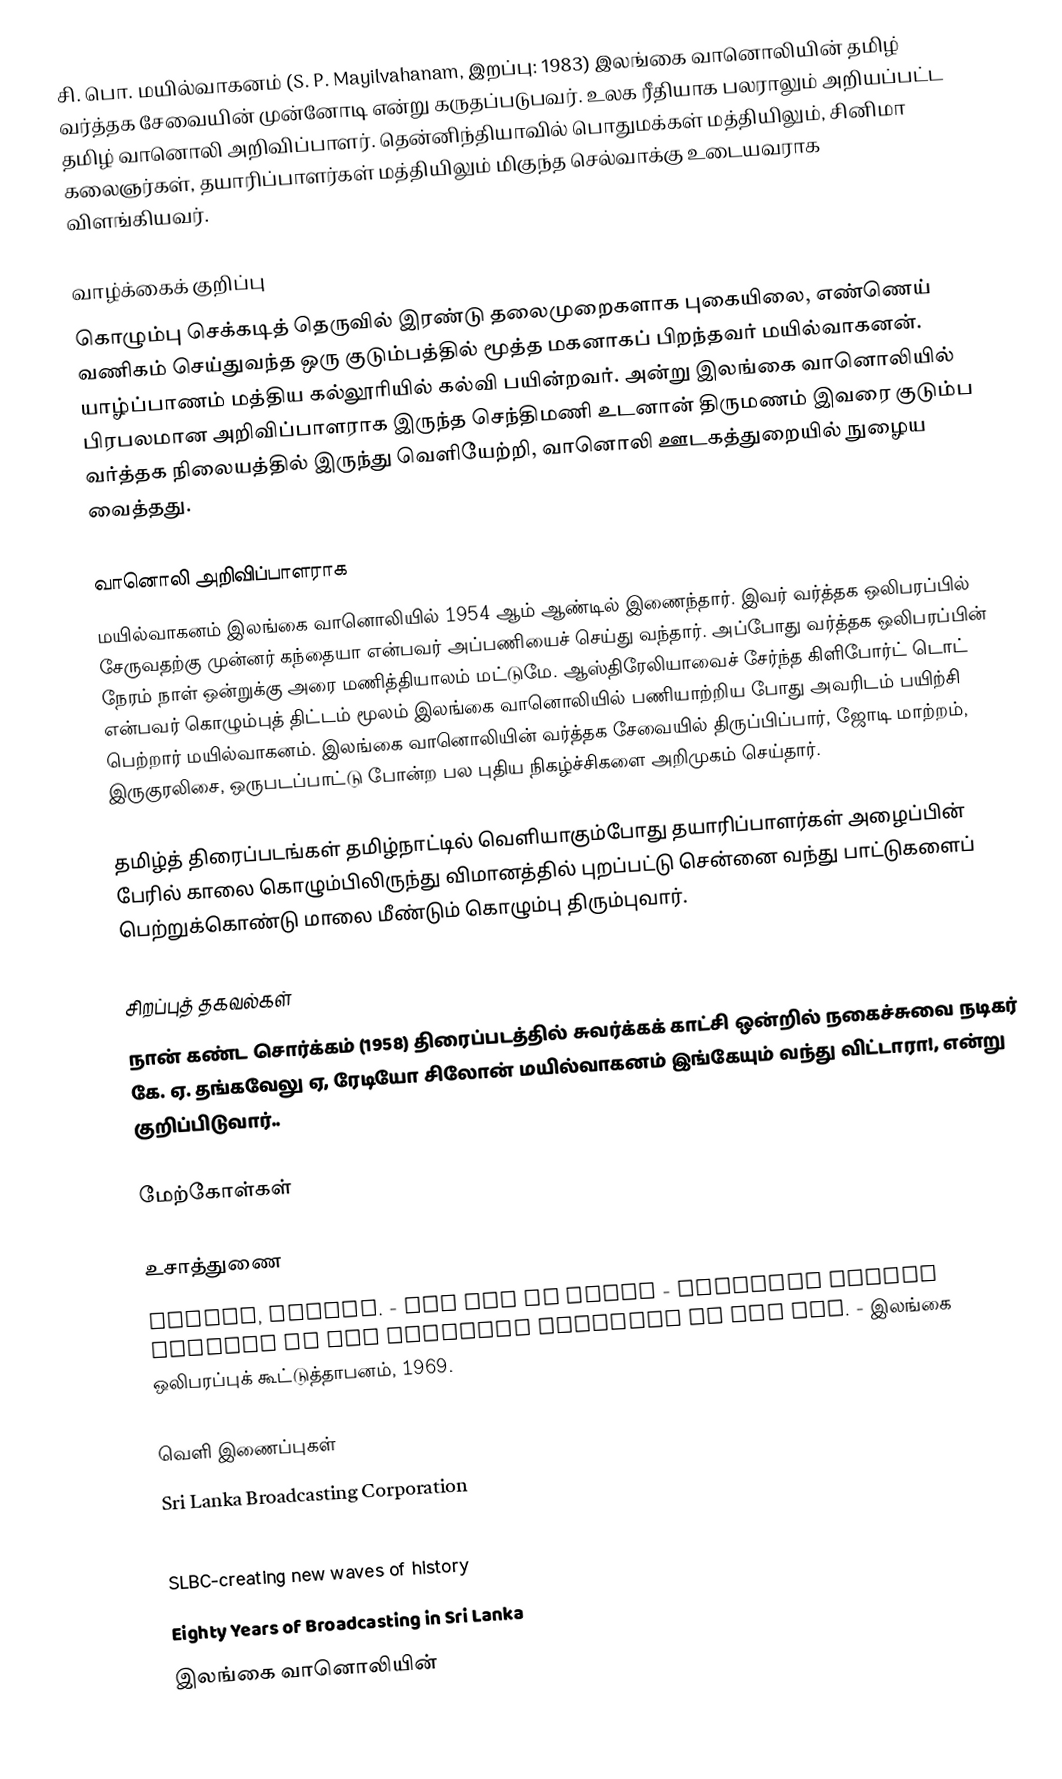
சி. பொ. மயில்வாகனம் (S. P. Mayilvahanam, இறப்பு: 1983) இலங்கை வானொலியின் தமிழ் வர்த்தக சேவையின் முன்னோடி என்று கருதப்படுபவர். உலக ரீதியாக பலராலும் அறியப்பட்ட தமிழ் வானொலி அறிவிப்பாளர். தென்னிந்தியாவில் பொதுமக்கள் மத்தியிலும், சினிமா கலைஞர்கள், தயாரிப்பாளர்கள் மத்தியிலும் மிகுந்த செல்வாக்கு உடையவராக விளங்கியவர்.

வாழ்க்கைக் குறிப்பு
கொழும்பு செக்கடித் தெருவில் இரண்டு தலைமுறைகளாக புகையிலை, எண்ணெய் வணிகம் செய்துவந்த ஒரு குடும்பத்தில் மூத்த மகனாகப் பிறந்தவர் மயில்வாகனன். யாழ்ப்பாணம் மத்திய கல்லூரியில் கல்வி பயின்றவர். அன்று இலங்கை வானொலியில் பிரபலமான அறிவிப்பாளராக இருந்த செந்திமணி உடனான் திருமணம் இவரை குடும்ப வர்த்தக நிலையத்தில் இருந்து வெளியேற்றி, வானொலி ஊடகத்துறையில் நுழைய வைத்தது.

வானொலி அறிவிப்பாளராக
மயில்வாகனம் இலங்கை வானொலியில் 1954 ஆம் ஆண்டில் இணைந்தார். இவர் வர்த்தக ஒலிபரப்பில் சேருவதற்கு முன்னர் கந்தையா என்பவர் அப்பணியைச் செய்து வந்தார். அப்போது வர்த்தக ஒலிபரப்பின் நேரம் நாள் ஒன்றுக்கு அரை மணித்தியாலம் மட்டுமே. ஆஸ்திரேலியாவைச் சேர்ந்த கிளிபோர்ட் டொட் என்பவர் கொழும்புத் திட்டம் மூலம் இலங்கை வானொலியில் பணியாற்றிய போது அவரிடம் பயிற்சி பெற்றார் மயில்வாகனம். இலங்கை வானொலியின் வர்த்தக சேவையில் திருப்பிப்பார், ஜோடி மாற்றம், இருகுரலிசை, ஒருபடப்பாட்டு போன்ற பல புதிய நிகழ்ச்சிகளை அறிமுகம் செய்தார்.

தமிழ்த் திரைப்படங்கள் தமிழ்நாட்டில் வெளியாகும்போது தயாரிப்பாளர்கள் அழைப்பின் பேரில் காலை கொழும்பிலிருந்து விமானத்தில் புறப்பட்டு சென்னை வந்து பாட்டுகளைப் பெற்றுக்கொண்டு மாலை மீண்டும் கொழும்பு திரும்புவார்.

சிறப்புத் தகவல்கள்
நான் கண்ட சொர்க்கம் (1958) திரைப்படத்தில் சுவர்க்கக் காட்சி ஒன்றில் நகைச்சுவை நடிகர் கே. ஏ. தங்கவேலு ஏ, ரேடியோ சிலோன் மயில்வாகனம் இங்கேயும் வந்து விட்டாரா!, என்று குறிப்பிடுவார்..

மேற்கோள்கள்

உசாத்துணை
 Wavell, Stuart. - The Art of Radio - Training Manual written by the Director Training of the CBC. - இலங்கை ஒலிபரப்புக் கூட்டுத்தாபனம், 1969.

வெளி இணைப்புகள்
 Sri Lanka Broadcasting Corporation
 Reflections from one of S. P. Mylvaganam's contemporaries
 SLBC-creating new waves of history
Eighty Years of Broadcasting in Sri Lanka
 இலங்கை வானொலியின்